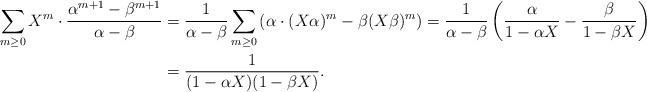
LaTeX: \begin{align*}\sum_{m\geq 0} X^m \cdot\frac{\alpha^{m+1}-\beta^{m+1}}{\alpha-\beta} & = \frac{1}{\alpha-\beta}\sum_{m\geq 0} \left( \alpha \cdot (X\alpha)^m -\beta (X\beta)^m\right) = \frac{1}{\alpha-\beta} \left( \frac{\alpha}{1-\alpha X} - \frac{\beta}{1-\beta X}\right)\\&=\frac{1}{(1-\alpha X)(1-\beta X)}.\end{align*}